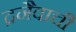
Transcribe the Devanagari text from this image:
द्रनैवाची